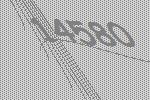
14580